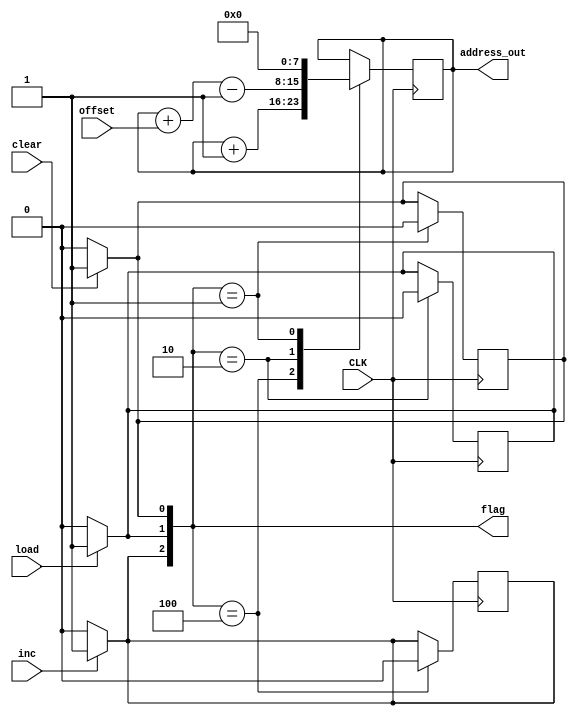
`timescale 1ns / 1ps
module PC(
input CLK,

input load,
input clear,
input inc,
input [7:0] offset,

output [7:0] address_out,
//output reg [3:0] state,
output [2:0] flag   //inc, load, clear
);

reg [7:0] count;
reg inc_flag, load_flag, clear_flag;
//reg [3:0] nstate; 
//reg flag;

//initial state = 4'h0;
initial count = 8'h00;

assign address_out = count;
assign flag = {inc_flag, load_flag, clear_flag};

initial begin
    inc_flag = 1'b0;
    load_flag = 1'b0;
    clear_flag = 1'b0;
end

//Asynchronous inputs
always@(inc) begin

    if(inc) inc_flag = 1'b1;
    else    inc_flag = 1'b0;
    
end

always@(load) begin

    if(load)    load_flag = 1'b1;
    else        load_flag = 1'b0;
    
end

always@(clear) begin
    if(clear)   clear_flag = 1'b1;
    else        clear_flag = 1'b0;
    
end

//Synchronous outputs
always@(posedge CLK) begin
    case({inc_flag, load_flag, clear_flag})
        3'b100: begin
                count = count + 8'h01;
                inc_flag = 1'b0;  
        end
        3'b010: begin
                count = count + offset - 8'h01;
                load_flag = 1'b0;
        end
        3'b001: begin
                count = 8'h00;
                clear_flag = 1'b0;
        end
        default: count = count;    
    
    endcase
end

/*
always@(posedge CLK) begin

    if(inc_flag) begin
        count = count + 8'h01;
        inc_flag = 1'b0;    
    end
    if(load_flag) begin
        count = count + offset - 8'h01;
        load_flag = 1'b0;
    end
    if(clear_flag) begin
        count = 8'h00;
        clear_flag = 1'b0;
    end

end
*/

/*
always@(posedge CLK) begin
    state = nstate;

end

always@(state) begin
    case(state)
    4'h0: nstate = 4'h1;
    4'h1: begin
        if(inc) nstate = 4'h2;
    end
    4'h2: begin
        count = count + 8'h01;
        nstate = 4'h3;
    end
    4'h3: begin
        if(~inc) nstate = 4'h1;
    end
    default: nstate = 4'h0;
    
    endcase

end

*/

/*
always@(posedge CLK) begin
    if(inc_flag) begin
        count = count + 8'h01;
        inc_flag = 0;
    end
    if(flag[1]) begin
        count = count + offset - 8'h01;
        flag[1] = 0;
    end
    if(flag[0]) begin
        count = 8'h00;
        flag[0] = 0;
    end
            
end
*/

/*
always@(posedge CLK) begin

    casez({inc, load, clear})
        //If more than one signal is high, then keep the same count
        3'b111: count = count;
        3'b11?: count = count;
        3'b1?1: count = count;
        3'b?11: count = count;
        
        //Assess control signals
        3'b1??: begin
                    if(~flag) begin
                        count = count + 8'h01; 
                        flag = 1'b1;
                    end
                    
                end 
        3'b?1?: count = count + offset - 8'h01;
        3'b??1: count = 8'h00;
        
        //Keep count if any other cases are present (xzx, 0xz, 00x...)
        default: count = count;    
    
    
    
    endcase



end
*/




endmodule